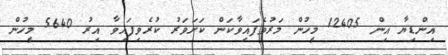
އިންޑިޔާ އިން 12405 މީހުން މަރުވެފައިވާކަން ކަށަވަރު ކުރެވިފައިވާ އިރު 5640 މީހުން